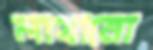
লাথানো